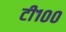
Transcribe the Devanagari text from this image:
टी१००